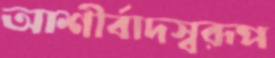
আশীর্বাদস্বরূপ